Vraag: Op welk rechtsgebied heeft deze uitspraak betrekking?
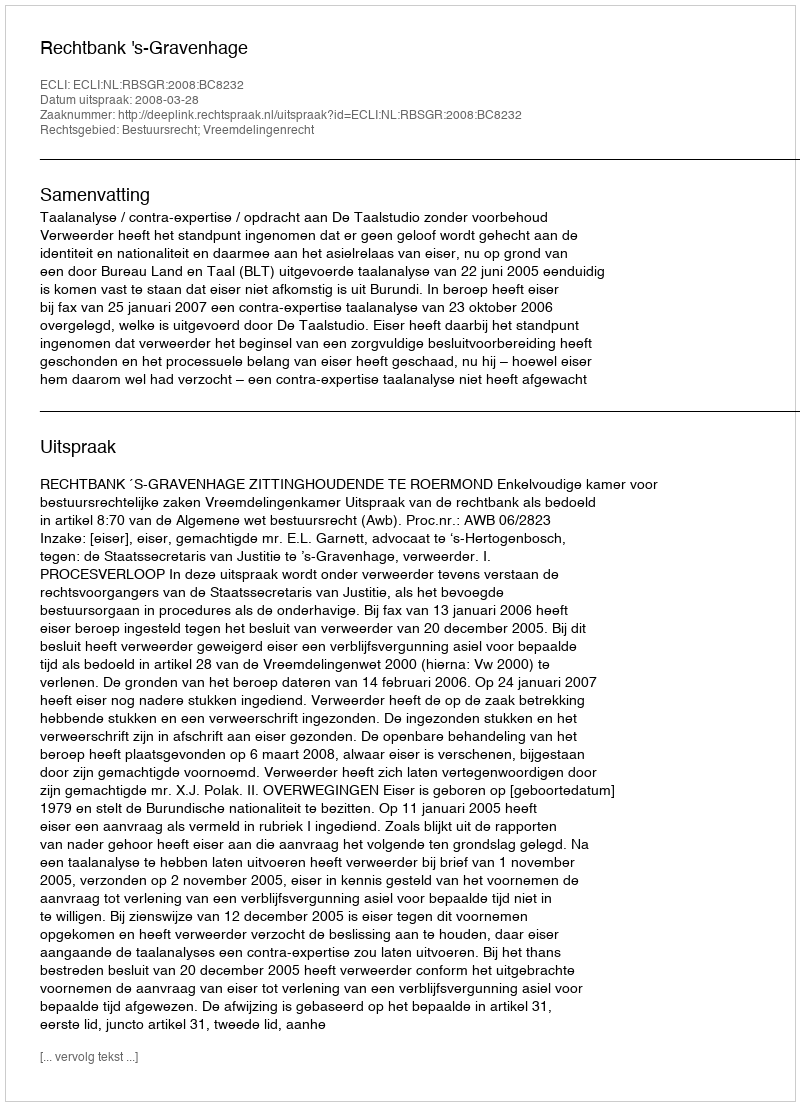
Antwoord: Bestuursrecht; Vreemdelingenrecht